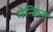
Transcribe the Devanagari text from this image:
गेन्किना